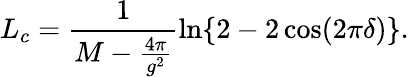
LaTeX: L_{c}=\frac{1}{M-\frac{4\pi}{g^{2}}}\ln\{ 2-2\cos(2\pi\delta)\} .